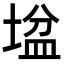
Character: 𡎛